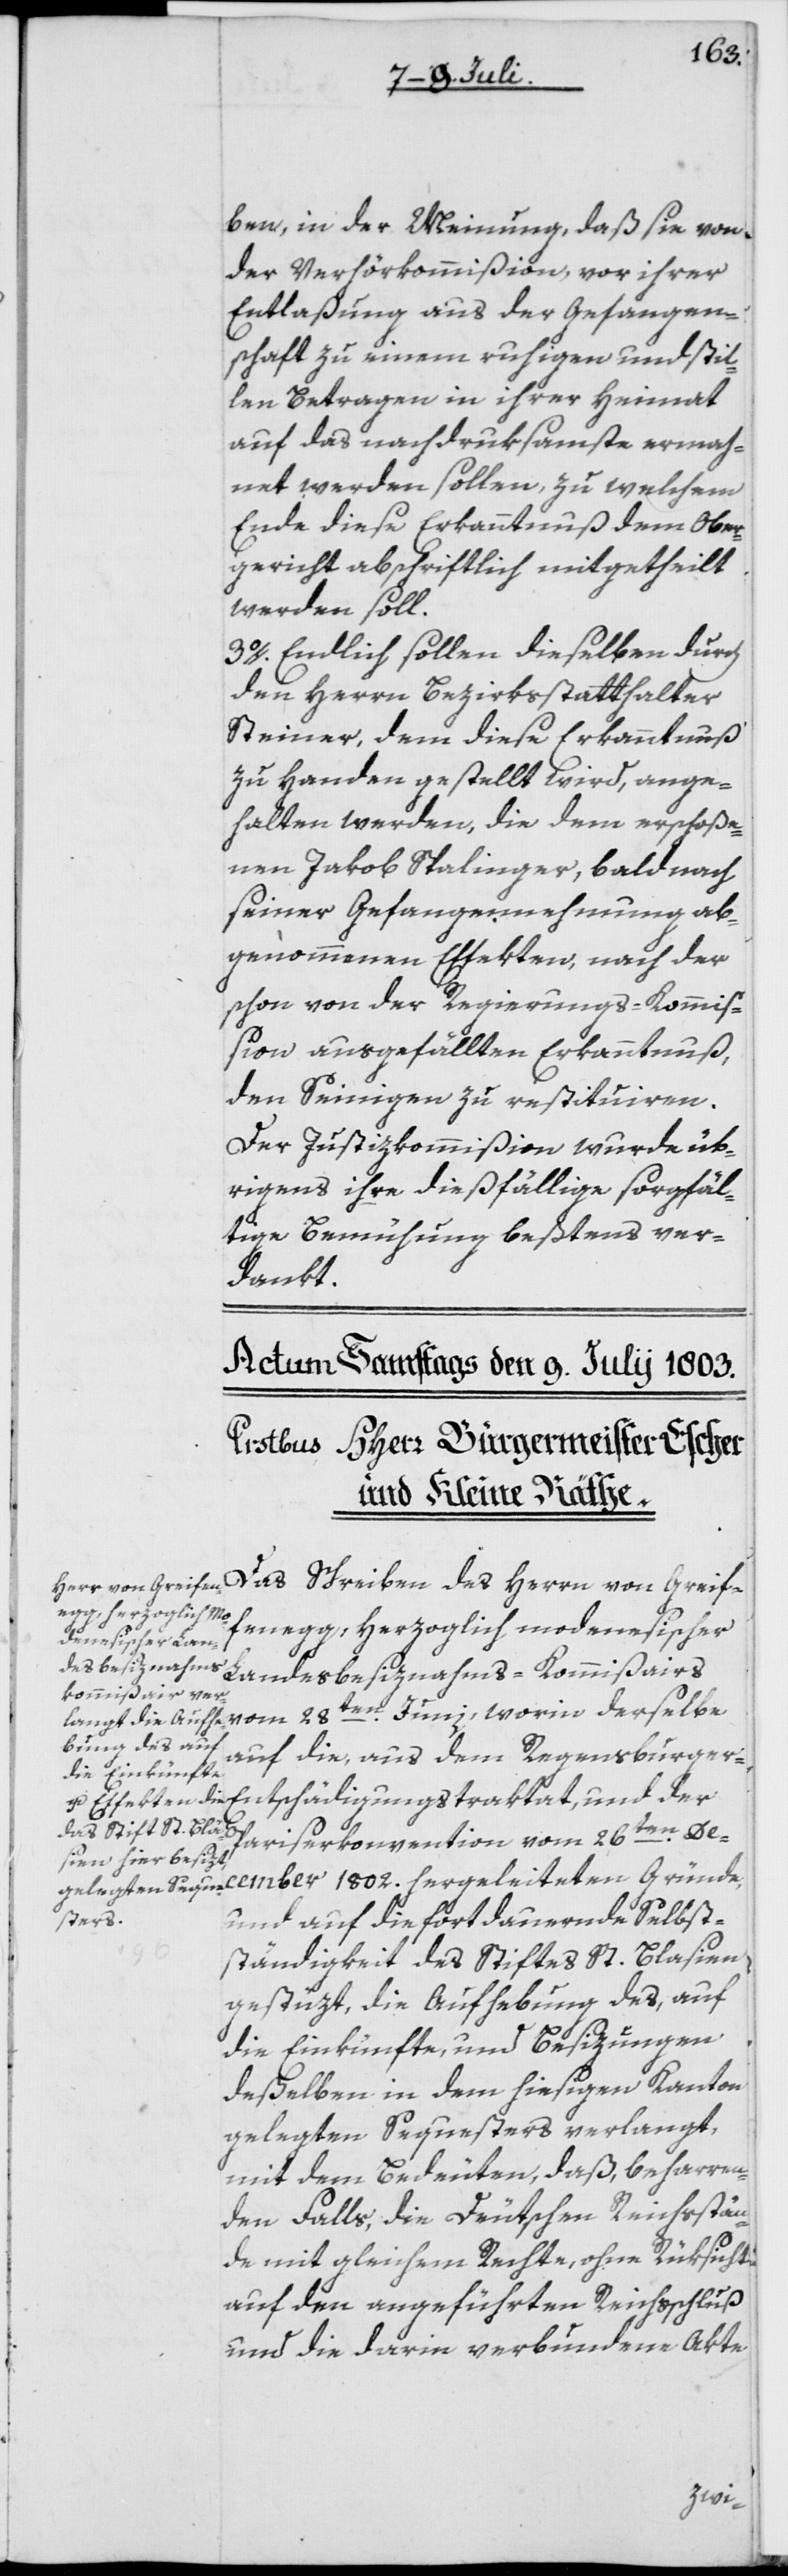
1802.
ben, in der Meinung, daß sie von
der Verhörkommißion, vor ihrer
Entlaßung aus der Gefangen¬
schaft zu einem ruhigen und stil¬
len Betragen in ihrer Heimat
auf das nachdruksamste ermah¬
net werden sollen, zu welchem
Ende diese Erkanntnuß dem Ober¬
gericht abschriftlich mitgetheilt
werden soll.
3o. Endlich sollen dieselben durch
den Herrn Bezirksstatthalter
Steiner, dem diese Erkanntnuß
zu Handen gestellt wird, ange¬
halten werden, die dem erschoße¬
nen Jakob Spalinger, bald nach
seiner Gefangennehmung ab¬
genommenen Effekten, nach der
schon von der Regierungs-Kommiß¬
ion ausgefällten Erkanntnuß,
den Seinigen zu restituiren.
Der Justizkommißion wurde üb¬
rigens ihre dießfällige sorgfäl¬
tige Bemühung beßtens ver¬
dankt.
Das Schreiben des Herrn
fenegg, Herzoglich modenesischer
Landesbesiznahms-Kommißairs
vom 28ten Juni, worin derselbe
auf die, aus dem Regensburger-E¬
ntschädigungstraktat, und der
Pariserkonvention vom 26ten De¬
und auf die fortdauernde Selbst¬
ständigkeit des Stiftes St. Blasien
gestützt, die Aufhebung des, auf
die Einkünfte, und Besizungen
deßelben in dem hiesigen Kanton
gelegten Sequesters verlangt,
mit dem Bedeuten, daß, beharren¬
den Falls, die Deutschen Reichsstän¬
de mit gleichem Rechte, ohne Rüksicht
auf den angeführten Reichsschluß
und die darin verbundene Akte
cember